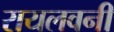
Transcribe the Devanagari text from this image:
रायलवनी